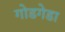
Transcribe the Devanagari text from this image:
गोडगेडा